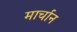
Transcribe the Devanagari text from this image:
मार्चान